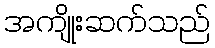
အကျိုးဆက်သည်